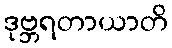
ဒုဗ္ဘရတာယာတိ